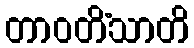
တာဝတိံသာတိ